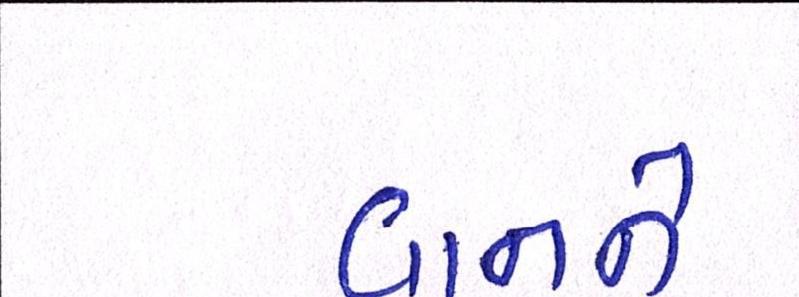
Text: વાનને